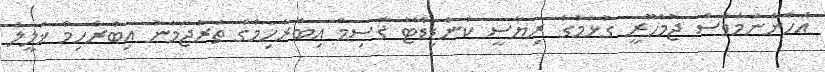
އެހެންނަމަވެސް ޖުމްހޫރީ ގުޅުމުގެ ރިޔާސީ ކެންޑިޑޭޓު ޤާސިމް އިބްރާހިމްގެ ތަރުޖަމާނު އިބްރާހިމް ޚަލީލް